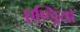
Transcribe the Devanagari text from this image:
एण्ड्रिया